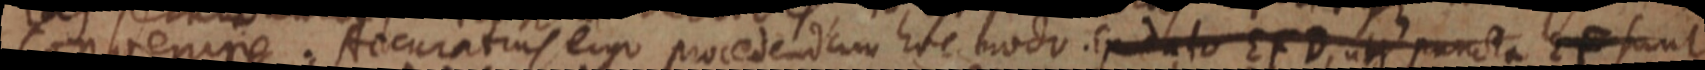
convenire. Accuratius ergo procedendum hoc modo. Ex dato EFD, ubi puncta EF sunt